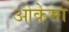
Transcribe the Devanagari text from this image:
ओकेमा